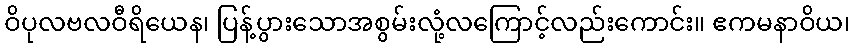
ဝိပုလဗလဝီရိယေန၊ ပြန့်ပွားသောအစွမ်းလုံ့လကြောင့်လည်းကောင်း။ ဧကမနာဝိယ၊